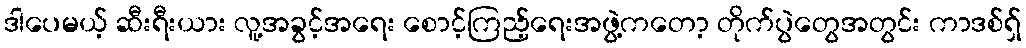
ဒါပေမယ့် ဆီးရီးယား လူ့အခွင့်အရေး စောင့်ကြည့်ရေးအဖွဲ့ကတော့ တိုက်ပွဲတွေအတွင်း ကာဒစ်ရှ်